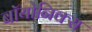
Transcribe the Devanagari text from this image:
बॉयोनिक्स